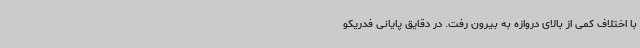
با اختلاف کمی از بالای دروازه به بیرون رفت. در دقایق پایانی فدریکو